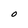
Character: O